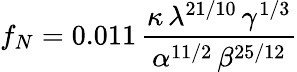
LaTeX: f_{N}=0.011\, \frac{\kappa\, \lambda^{21/10}\, \gamma^{1/3}}{\alpha^{11/2}\, \beta^{25/12}}